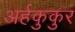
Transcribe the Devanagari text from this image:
अर्हकुकुर